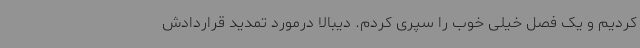
کردیم و یک فصل خیلی خوب را سپری کردم. دیبالا درمورد تمدید قراردادش